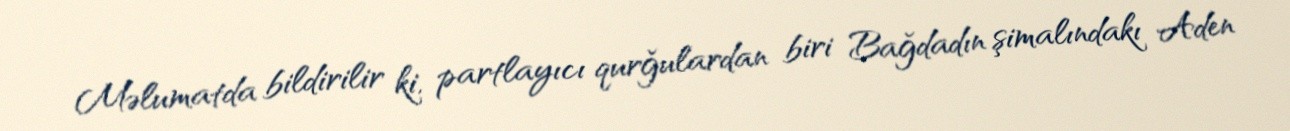
Məlumatda bildirilir ki, partlayıcı qurğulardan biri Bağdadın şimalındakı Aden